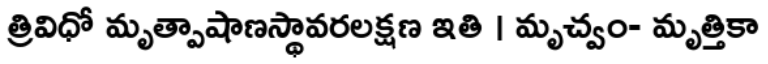
త్రివిధో మృత్పాషాణస్థావరలక్షణ ఇతి । మృచ్వం- మృత్తికా